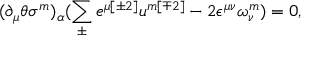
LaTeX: ( \partial _ { \mu } \theta \sigma ^ { { m } } ) _ { \alpha } ( \sum _ { \pm } ^ { } e ^ { \mu { [ \pm 2 ] } } u ^ { { m [ \mp 2 ] } } - 2 \epsilon ^ { \mu \nu } \omega _ { \nu } ^ { { m } } ) = 0 ,